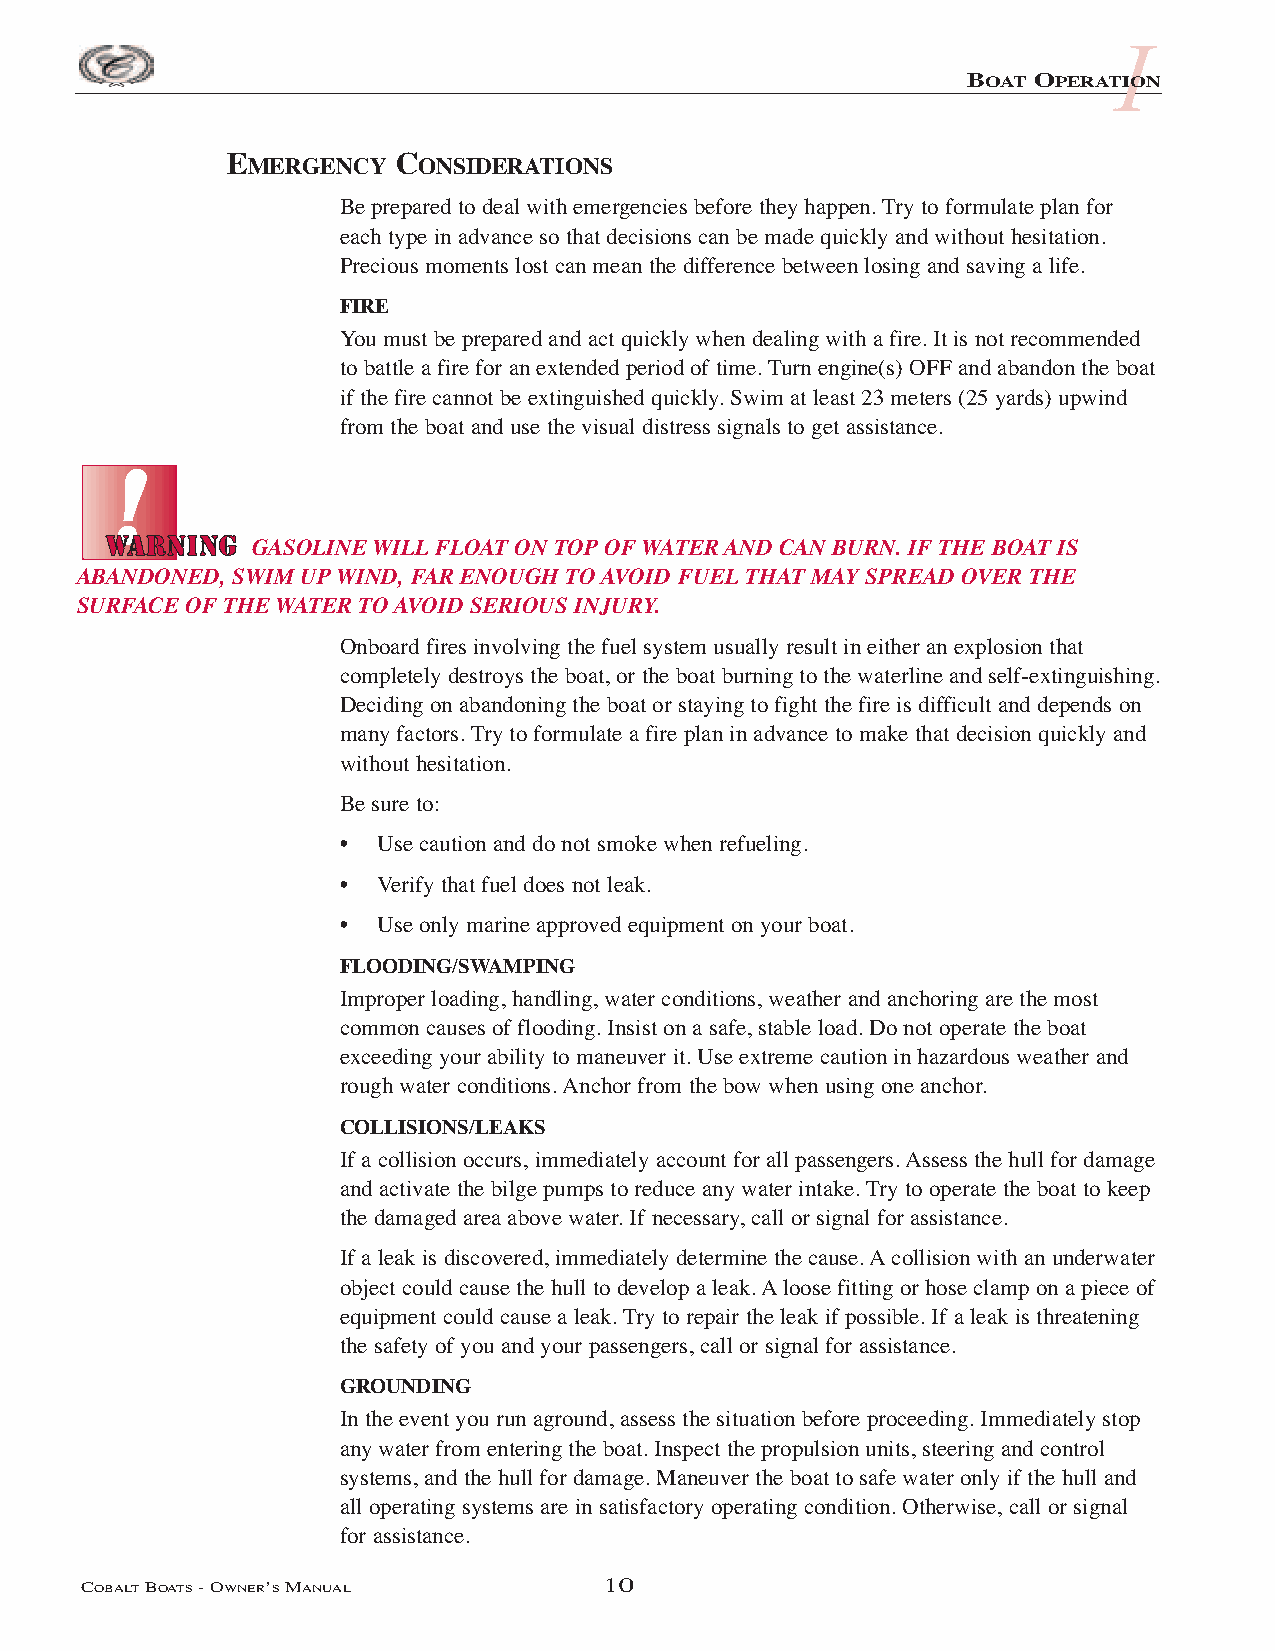
I
 BOAT OPERATION
 EMERGENCY  CONSIDERATIONS
 Be prepared to deal with emergencies before they happen. Try to formulate plan for
 each type in advance so that decisions can be made quickly and without hesitation.
 Precious moments lost can mean the difference between losing and saving a life.
 FIRE
 You must be prepared and act quickly when dealing with a fire. It is not recommended
 to battle a fire for an extended period of time. Turn engine(s) OFF and abandon the boat
 if the fire cannot be extinguished quickly. Swim at least 23 meters (25 yards) upwind
 from the boat and use the visual distress signals to get assistance.
 GASOLINE WILL FLOAT ON TOP OF WATER AND CAN BURN. IF THE BOAT IS
 ABANDONED, SWIM UP WIND, FAR ENOUGH TO AVOID FUEL THAT MAY SPREAD OVER THE
 SURFACE OF THE WATER TO AVOID SERIOUS INJURY.
 Onboard fires involving the fuel system usually result in either an explosion that
 completely destroys the boat, or the boat burning to the waterline and self-extinguishing.
 Deciding on abandoning the boat or staying to fight the fire is difficult and depends on
 many factors. Try to formulate a fire plan in advance to make that decision quickly and
 without hesitation.
 Be sure to:
 •  Use caution and do not smoke when refueling.
 •  Verify that fuel does not leak.
 •  Use only marine approved equipment on your boat.
 FLOODING/SWAMPING
 Improper loading, handling, water conditions, weather and anchoring are the most
 common causes of flooding. Insist on a safe, stable load. Do not operate the boat
 exceeding your ability to maneuver it. Use extreme caution in hazardous weather and
 rough water conditions. Anchor from the bow when using one anchor.
 COLLISIONS/LEAKS
 If a collision occurs, immediately account for all passengers. Assess the hull for damage
 and activate the bilge pumps to reduce any water intake. Try to operate the boat to keep
 the damaged area above water. If necessary, call or signal for assistance.
 If a leak is discovered, immediately determine the cause. Acollision with an underwater
 object could cause the hull to develop a leak. Aloose fitting or hose clamp on a piece of
 equipment could cause a leak. Try to repair the leak if possible. If a leak is threatening
 the safety of you and your passengers, call or signal for assistance.
 GROUNDING
 In the event you run aground, assess the situation before proceeding. Immediately stop
 any water from entering the boat. Inspect the propulsion units, steering and control
 systems, and the hull for damage. Maneuver the boat to safe water only if the hull and
 all operating systems are in satisfactory operating condition. Otherwise, call or signal
 for assistance.
 COBALTBOATS- OWNER’SMANUAL         10